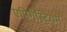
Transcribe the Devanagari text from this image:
एपिगैस्ट्रियम